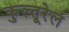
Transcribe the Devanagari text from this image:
कुल्तूरेल